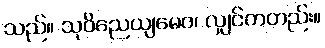
သည်။ သုဝိညေယျမေဝ၊ လျှင်ကတည်း။